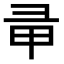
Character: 𢑖